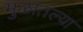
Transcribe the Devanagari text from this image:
मुळातल्या